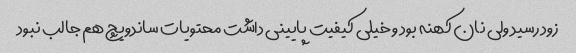
زود رسید ولی نان کهنه بود و خیلی کیفیت پایینی داشت محتویات ساندویچ هم جالب نبود